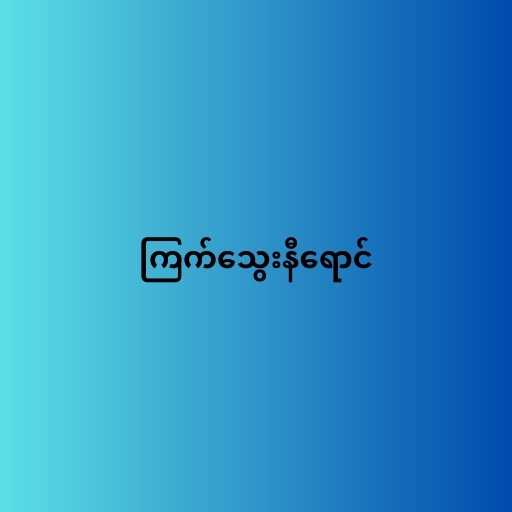
ကြက်သွေးနီရောင်